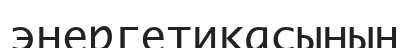
энергетикасының